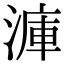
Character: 𣹫